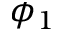
\phi _ { 1 }